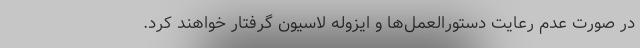
در صورت عدم رعایت دستورالعمل‌ها و ایزوله لاسیون گرفتار خواهند کرد.